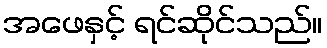
အဖေနှင့် ရင်ဆိုင်သည်။